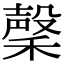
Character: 䅽